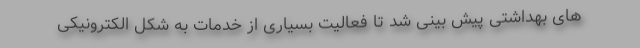
های بهداشتی پیش بینی شد تا فعالیت بسیاری از خدمات به شکل الکترونیکی